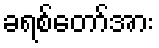
ခရစ်တော်အား